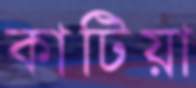
কাটিয়া